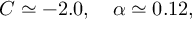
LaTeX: C \simeq - 2 . 0 , \ \ \ \alpha \simeq 0 . 1 2 ,